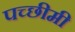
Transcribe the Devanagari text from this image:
पच्छीमी